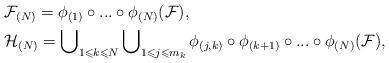
LaTeX: \begin{align*}& \mathcal{F}_{(N)}=\phi_{(1)}\circ...\circ\phi_{(N)}(\mathcal{F)},\\& \mathcal{H}_{(N)}=\bigcup\nolimits_{1\leqslant k\leqslant N}\bigcup\nolimits_{1\leqslant j\leqslant m_{k}}\phi_{(j,k)}\circ\phi_{(k+1)}\circ...\circ\phi_{(N)}(\mathcal{F}),\end{align*}